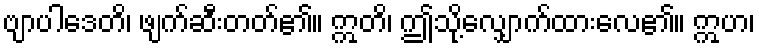
ဗျာပါဒေတိ၊ ဖျက်ဆီးတတ်၏။ ဣတိ၊ ဤသို့လျှောက်ထားလေ၏။ ဣဟ၊